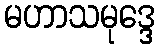
မဟာသမုဒ္ဒေ